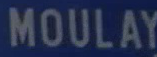
MOULAY